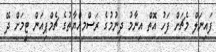
ފައިނަލް މެޗަށް ފަހު އޮތް އިނާމު ދިނުމުގެ ރަސްމިއްޔާތުގެ ޗެމްޕިއަން ޓީމަށް ދޭ